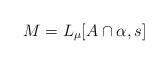
LaTeX: \begin{align*}M = L_\mu[A\cap\alpha,s]\end{align*}